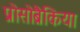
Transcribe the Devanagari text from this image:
प्रोसोब्रैकिया